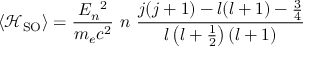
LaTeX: \left\langle { \mathcal { H } } _ { \mathrm { S O } } \right\rangle = { \frac { E _ { n } { } ^ { 2 } } { m _ { e } c ^ { 2 } } } ~ n ~ { \frac { j ( j + 1 ) - l ( l + 1 ) - { \frac { 3 } { 4 } } } { l \left( l + { \frac { 1 } { 2 } } \right) ( l + 1 ) } }